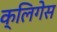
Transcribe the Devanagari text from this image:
क्लिगेस